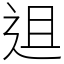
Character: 䢐